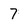
Character: 7